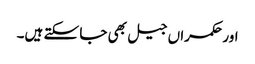
اور حکمراں جیل بھی جا سکتے ہیں۔